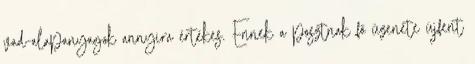
vad-alapanyagok annyira értékes. Ennek a posztnak fő üzenete újfent